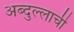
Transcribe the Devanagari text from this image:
अब्दुल्लाची